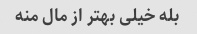
بله خیلی بهتر از مال منه